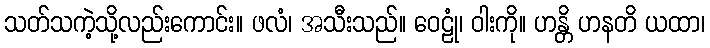
သတ်သကဲ့သို့လည်းကောင်း။ ဖလံ၊ အသီးသည်။ ဝေဠုံ၊ ဝါးကို။ ဟန္တိ ဟနတိ ယထာ၊